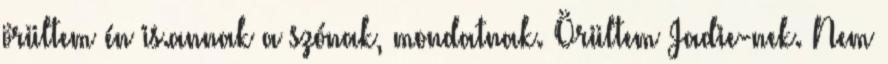
örültem én is.annak a szónak, mondatnak. Örültem Jadie-nek. Nem